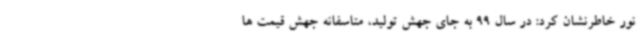
نور خاطرنشان کرد: در سال 99 به جای جهش تولید، متاسفانه جهش قیمت ها